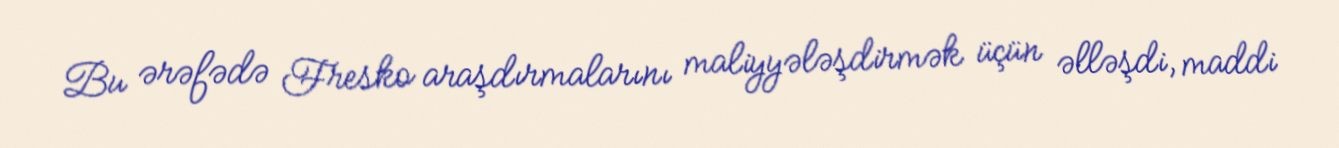
Bu ərəfədə Fresko araşdırmalarını maliyyələşdirmək üçün əlləşdi, maddi